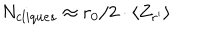
N _ { c l i q u e s } \approx r _ { 0 } / 2 \cdot \langle Z _ { r ^ { \prime } } \rangle